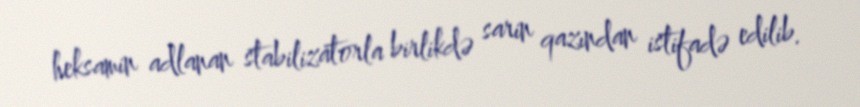
heksamin adlanan stabilizatorla birlikdə sarin qazından istifadə edilib.